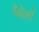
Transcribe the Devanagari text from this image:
मैडेर्ल